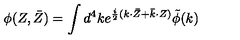
\phi ( Z , \bar { Z } ) = { \int { d ^ { 4 } k } } e ^ { \frac { i } { 2 } ( k { \cdot } \bar { Z } + \bar { k } { \cdot } Z ) } \tilde { \phi } ( k )